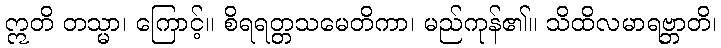
ဣတိ တသ္မာ၊ ကြောင့်။ စိရရတ္တသမေတိကာ၊ မည်ကုန်၏။ သိထိလမာရဗ္ဘာတိ၊